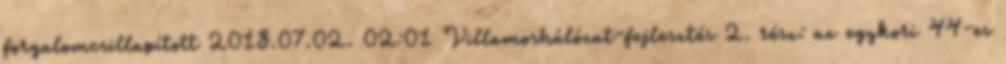
forgalomcsillapított 2018.07.02. 02:01 Villamoshálózat-fejlesztés 2. rész: az egykori 44-es